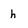
Character: h